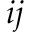
i j